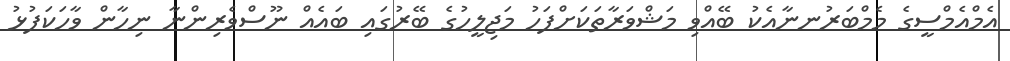
އެމްއެމްސީގެ މެމްބަރުނނާއެކު ބޭއްވި މަޝްވަރާތަކަށްފަހު މަޖިލީހުގެ ބޭރުގައި ބައެއް ނޫސްވެރިންނާ ނިހާން ވާހަކަފުޅު